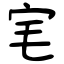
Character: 宒